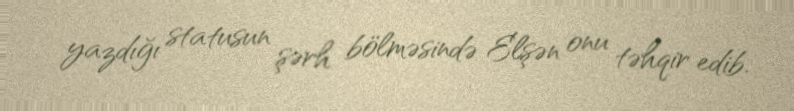
yazdığı statusun şərh bölməsində Elşən onu təhqir edib.